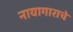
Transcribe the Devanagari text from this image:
नायागाराचे